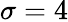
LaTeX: \sigma=4